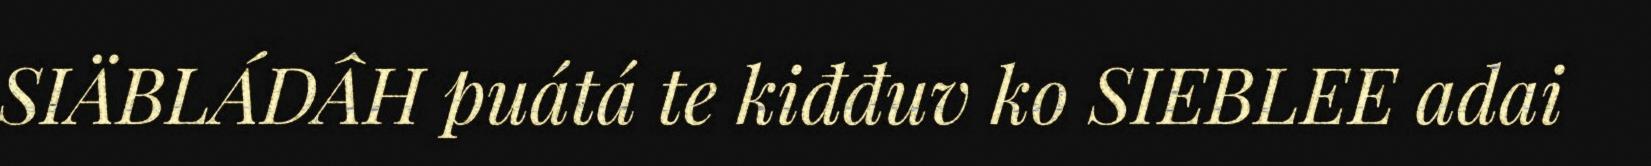
SIÄBLÁDÂH puátá te kiđđuv ko SIEBLEE adai